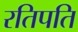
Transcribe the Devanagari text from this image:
रतिपति